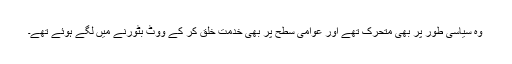
وہ سیاسی طور پر بھی متحرک تھے اور عوامی سطح پر بھی خدمت خلق کر کے ووٹ بٹورنے میں لگے ہوئے تھے۔